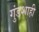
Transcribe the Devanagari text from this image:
गुंडशाही